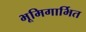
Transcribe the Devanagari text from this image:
भूमिगार्भित